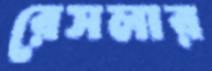
রেসলার